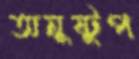
অনুষ্টুপ